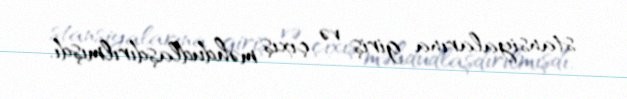
stansiyalarına giriş və çıxış məhdudlaşdırılmışdı.